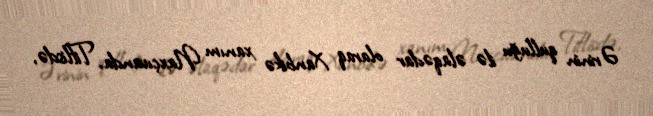
Ərinin qulluğu ilə əlaqədar olaraq Xanbikə xanım Naxçıvanda, Tiflisdə,